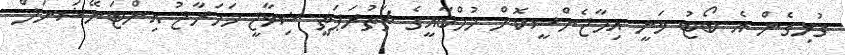
ގުޅިގެން އެ ބޯޓު ވަނީ އިމާޖެންސީކޮށް މުމްބާއީގެ ޗަތުރަޕަތީ ޝިވާޖީ މަހަރާޖު އިންޓަނޭޝަނަލް